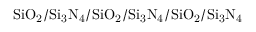
\mathrm { S i O _ { 2 } / S i _ { 3 } N _ { 4 } / S i O _ { 2 } / S i _ { 3 } N _ { 4 } / S i O _ { 2 } / S i _ { 3 } N _ { 4 } }